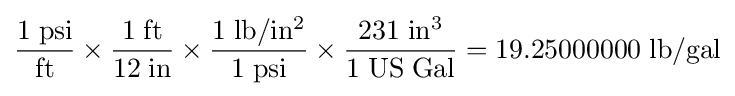
\mathrm {{\frac {1\;psi}{ft}}\times {\frac {1\;ft}{12\;in}}\times {\frac {1\;lb/in^{2}}{1\;psi}}\times {\frac {231\;in^{3}}{1\;US\;Gal}}=19.25000000\;lb/gal}